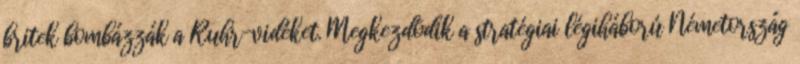
britek bombázzák a Ruhr-vidéket. Megkezdõdik a stratégiai légiháború Németország